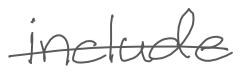
Text: include
Cross-out: single-line
Writing tool: digital_gray